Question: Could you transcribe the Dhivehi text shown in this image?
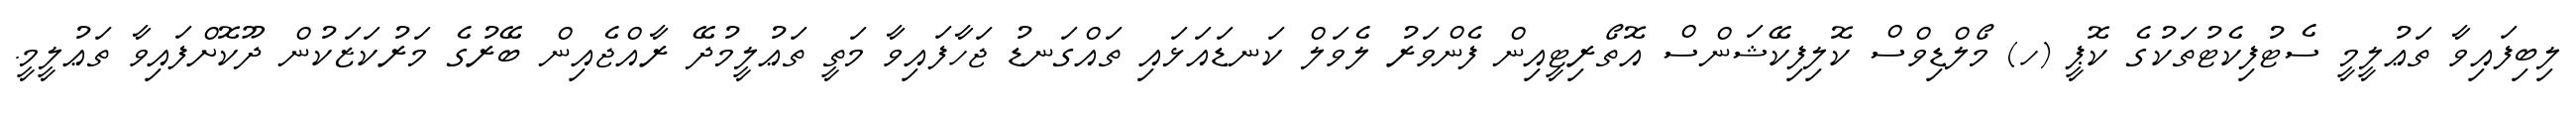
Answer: ލިބިފައިވާ ތަޢުލީމީ ސެޓުފިކެޓުތަކުގެ ކޮޕީ (ހ) މޯލްޑިވްސް ކޮލިފިކޭޝަންސް އޮތޯރިޓީއިން ފެންވަރު ލެވަލް ކަނޑައަޅައި ތައްގަނޑު ޖަހާފައިވާ މަތީ ތަޢުލީމުދޭ ރާއްޖެއިން ބޭރުގެ މަރުކަޒަކުން ދޫކޮށްފައިވާ ތަޢުލީމީ.